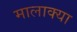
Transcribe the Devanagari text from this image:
मालाक्‍या